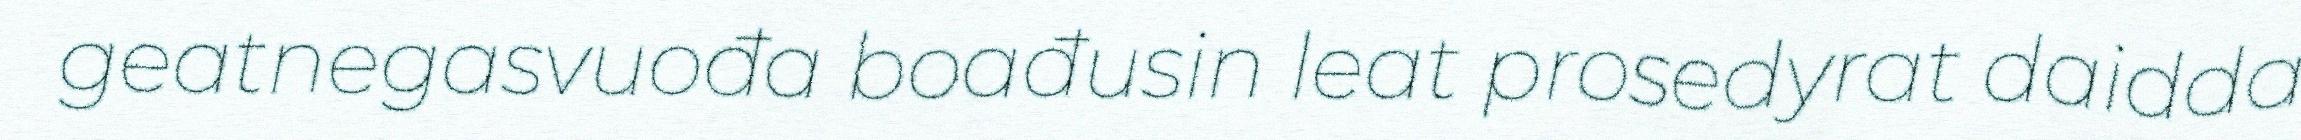
geatnegasvuođa boađusin leat prosedyrat daidda